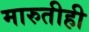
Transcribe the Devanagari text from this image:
मारुतीही